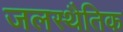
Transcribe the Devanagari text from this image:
जलस्थैतिक